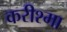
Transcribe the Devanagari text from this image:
करीश्मा